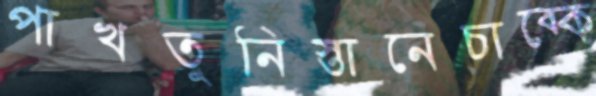
পাখতুনিস্তানেচাব্‌কে